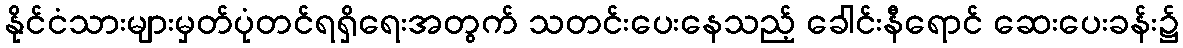
နိုင်ငံသားများမှတ်ပုံတင်ရရှိရေးအတွက် သတင်းပေးနေသည့် ခေါင်းနီရောင် ဆေးပေးခန်း၌